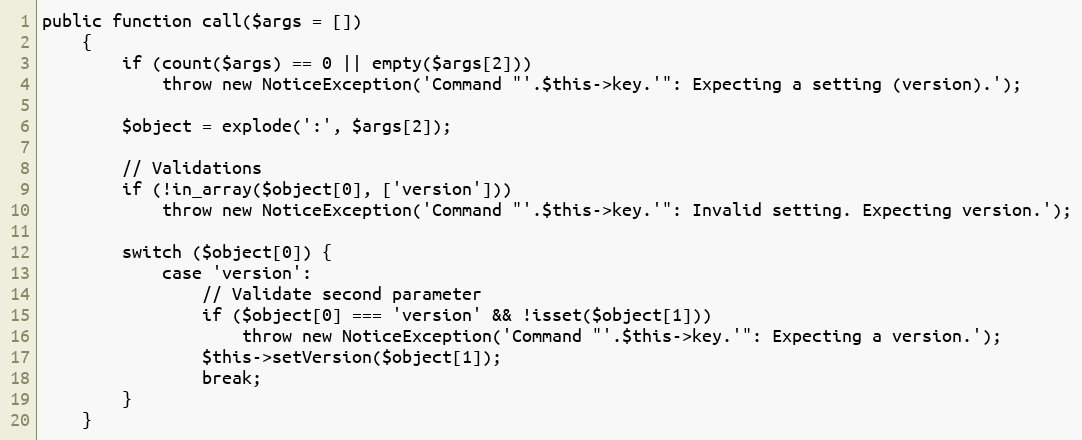
Language: PHP
public function call($args = [])
    {
        if (count($args) == 0 || empty($args[2]))
            throw new NoticeException('Command "'.$this->key.'": Expecting a setting (version).');

        $object = explode(':', $args[2]);

        // Validations
        if (!in_array($object[0], ['version']))
            throw new NoticeException('Command "'.$this->key.'": Invalid setting. Expecting version.');

        switch ($object[0]) {
            case 'version':
                // Validate second parameter
                if ($object[0] === 'version' && !isset($object[1]))
                    throw new NoticeException('Command "'.$this->key.'": Expecting a version.');
                $this->setVersion($object[1]);
                break;
        }
    }